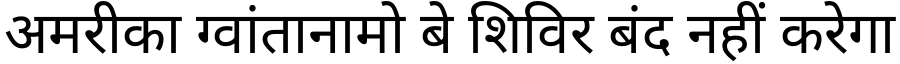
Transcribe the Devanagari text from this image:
अमरीका ग्वांतानामो बे शिविर बंद नहीं करेगा